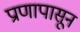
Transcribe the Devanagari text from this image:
प्राणापासून